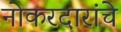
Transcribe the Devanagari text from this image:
नोकरदारांचे